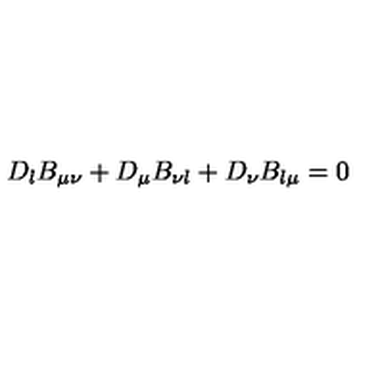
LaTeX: D _ { \l } B _ { \mu \nu } + D _ { \mu } B _ { \nu \l } + D _ { \nu } B _ { \l \mu } = 0